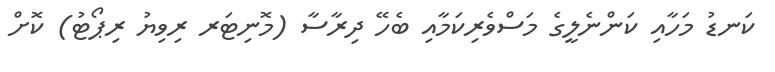
ކަނޑު މަހާއި ކަންނެލީގެ މަސްވެރިކަމާއި ބެހޭ ދިރާސާ (މޮނިޓަރ ރިވިޔު ރިޕޯޓު) ކޮށް